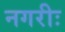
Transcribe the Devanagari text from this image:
नगरीः